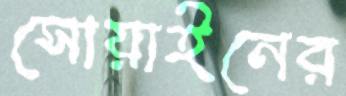
সোয়াইনের